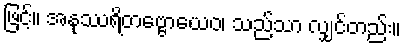
ဖြင့်။ အနုဿရိတဗ္ဗောယေဝ၊ သည်သာ လျှင်တည်း။